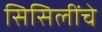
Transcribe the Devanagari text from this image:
सिसिलींचे